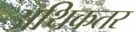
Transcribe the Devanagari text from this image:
अथिकतर